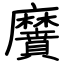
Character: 黂